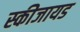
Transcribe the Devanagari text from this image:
स्कीजायड